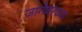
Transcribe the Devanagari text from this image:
जागेवरच्या